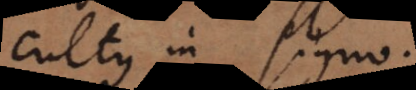
cultus in signo.